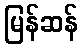
မြန်ဆန်